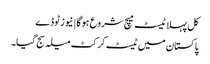
کل پہلا ٹیسٹ میچ شروع ہوگا | نیوز ٹوڈے
پاکستان میں ٹیسٹ کرکٹ میلہ سج گیا۔